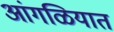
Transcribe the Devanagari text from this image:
आंगळियात